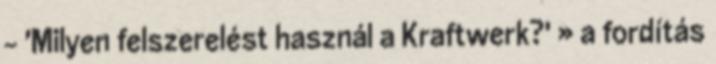
- 'Milyen felszerelést használ a Kraftwerk?' » a fordítás